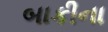
બાકીના